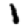
Digit: 1